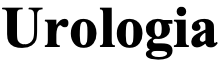
Urologia